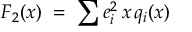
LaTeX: F _ { 2 } ( x ) \; = \; \sum _ { } { } e _ { i } ^ { 2 } \, x \, q _ { i } ( x )